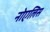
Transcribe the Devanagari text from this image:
नोएलिस